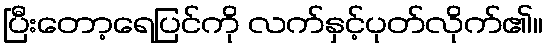
ပြီးတော့ရေပြင်ကို လက်နှင့်ပုတ်လိုက်၏။